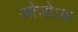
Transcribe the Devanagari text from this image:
ओजोऽथ